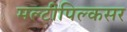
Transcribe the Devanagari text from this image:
मल्टीपिल्कसर